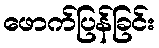
ဖောက်ပြန်ခြင်း